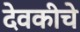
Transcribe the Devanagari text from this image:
देवकीचे